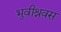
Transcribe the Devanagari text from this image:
भुवीश्रवस